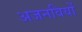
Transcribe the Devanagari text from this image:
अजनवियों